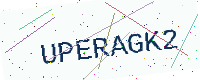
Text: UPERAGK2